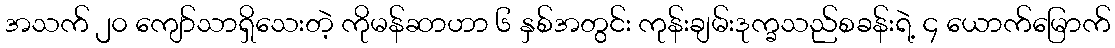
အသက် ၂၀ ကျော်သာရှိသေးတဲ့ ကိုမန်ဆာဟာ ၆ နှစ်အတွင်း ကုန်းချမ်းဒုက္ခသည်စခန်းရဲ့ ၄ ယောက်မြောက်